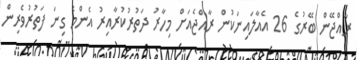
ރާއްޖޭން ބޭރުގެ 26 އެއާލައިނަކުން ރާއްޖެއަށް މިހާރު ދަތުރުކުރާއިރު އެންމެ ގިނަ ފަތުުރުވެރިން